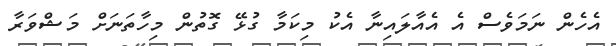
އެހެން ނަމަވެސް އެ އެއާލައިނާ އެކު މިކަމާ ގުޅޭ ގޮތުން މިހާތަނަށް މަޝްވަރާ